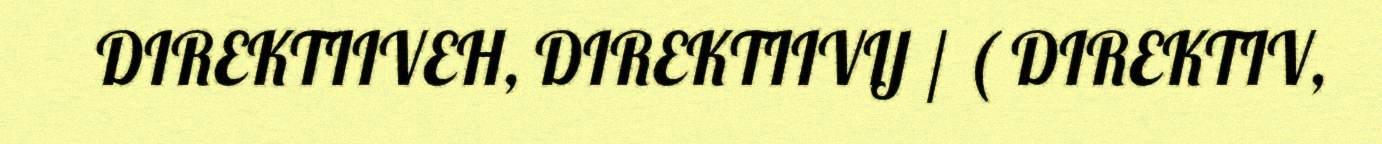
DIREKTIIVEH, DIREKTIIVIJ / ( DIREKTIV,